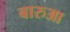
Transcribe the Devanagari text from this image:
बारुआ